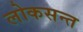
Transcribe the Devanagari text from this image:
लोकसन्त